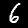
Digit: 6